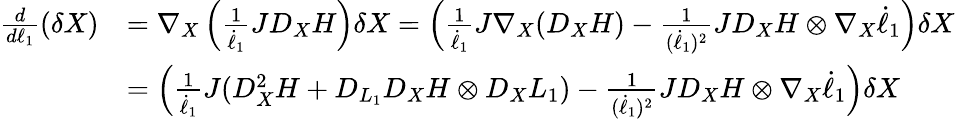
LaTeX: \begin{array}{rl}{\frac{d}{d\ell_{1}}(\delta X)}&{=\nabla_{X}\left(\frac{1}{\dot{\ell}_{1}}JD_{X}H\right)\delta X=\left(\frac{1}{\dot{\ell}_{1}}J\nabla_{X}(D_{X}H)-\frac{1}{(\dot{\ell}_{1})^{2}}JD_{X}H\otimes\nabla_{X}\dot{\ell}_{1}\right)\delta X}\\ &{=\left(\frac{1}{\dot{\ell}_{1}}J(D_{X}^{2}H+D_{L_{1}}D_{X}H\otimes D_{X}L_{1})-\frac{1}{(\dot{\ell}_{1})^{2}}JD_{X}H\otimes\nabla_{X}\dot{\ell}_{1}\right)\delta X}\end{array}